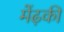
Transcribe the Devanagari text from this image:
मेंढ़की